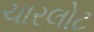
ચારલોટ